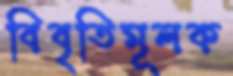
বিবৃতিমূলক